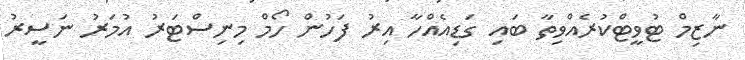
ނާޒިމް ޓުވީޓްކުރެއްވިތާ ބައި ގަޑިއެއްހާ އިރު ފަހުން ހޯމް މިނިސްޓަރު އުމަރު ނަސީރު